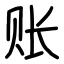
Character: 账